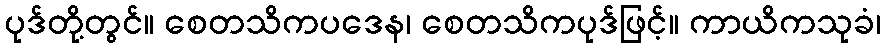
ပုဒ်တို့တွင်။ စေတသိကပဒေန၊ စေတသိကပုဒ်ဖြင့်။ ကာယိကသုခံ၊